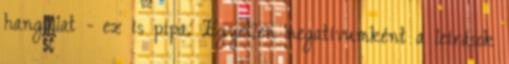
hangulat - ez is pipa. Egyetlen negatívumként a leírások